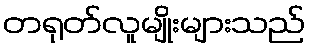
တရုတ်လူမျိုးများသည်